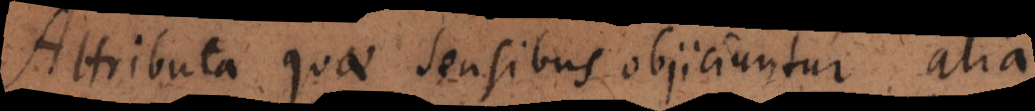
Attributa quae sensibus objiciuntur alia